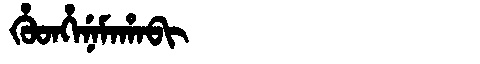
Manchu: ᡥᡠᡨᡥᡝᠨᡝᠮᠠᡥᠠᠪᡳ
Romanization: HUTHENEMAHABI